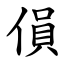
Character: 傊